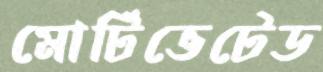
মোটিভেটেড